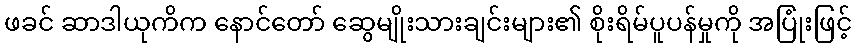
ဖခင် ဆာဒါယုကိက နောင်တော် ဆွေမျိုးသားချင်းများ၏ စိုးရိမ်ပူပန်မှုကို အပြုံးဖြင့်